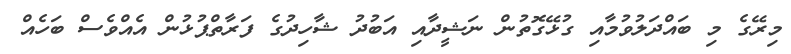
މިރޭގެ މި ބައްދަލުވުމާއި ގުޅޭގޮތުން ނަޝީދާއި އަބުދު ޝާހިދުގެ ފަރާތްޕުޅުން އެއްވެސް ބަހެއް